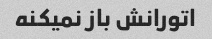
اتورانش باز نمیکنه